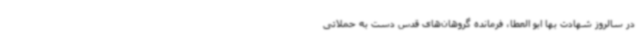
در سالروز شهادت بها ابو العطا، فرمانده گروهان‌های قدس دست به حملاتی